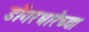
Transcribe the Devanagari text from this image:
डोंगरधारेच्या